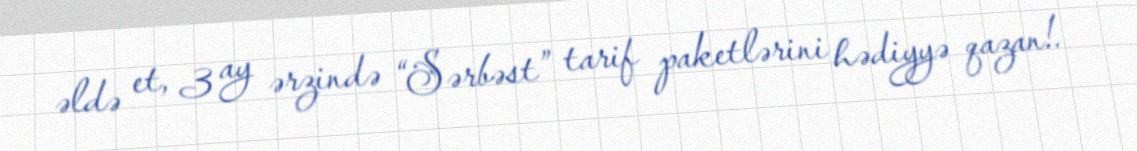
əldə et, 3 ay ərzində “Sərbəst” tarif paketlərini hədiyyə qazan!.